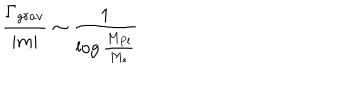
\frac { \Gamma _ { g r a v } } { | m | } \sim \frac { 1 } { \log \frac { M _ { P l } } { M _ { * } } }